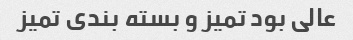
عالی بود تمیز و بسته بندی تمیز